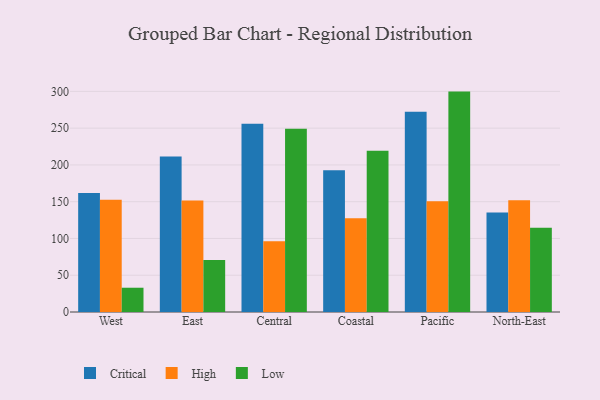
{"axis": {"x": "Region", "y": "Tickets Resolved"}, "legend": ["Critical", "High", "Low"], "data": [{"x": "West", "y": 161.7, "type": "Critical"}, {"x": "West", "y": 152.8, "type": "High"}, {"x": "West", "y": 33.0, "type": "Low"}, {"x": "East", "y": 211.3, "type": "Critical"}, {"x": "East", "y": 151.7, "type": "High"}, {"x": "East", "y": 70.7, "type": "Low"}, {"x": "Central", "y": 256.0, "type": "Critical"}, {"x": "Central", "y": 96.3, "type": "High"}, {"x": "Central", "y": 249.1, "type": "Low"}, {"x": "Coastal", "y": 192.6, "type": "Critical"}, {"x": "Coastal", "y": 127.5, "type": "High"}, {"x": "Coastal", "y": 219.4, "type": "Low"}, {"x": "Pacific", "y": 272.4, "type": "Critical"}, {"x": "Pacific", "y": 150.6, "type": "High"}, {"x": "Pacific", "y": 299.7, "type": "Low"}, {"x": "North-East", "y": 135.4, "type": "Critical"}, {"x": "North-East", "y": 152.1, "type": "High"}, {"x": "North-East", "y": 114.7, "type": "Low"}]}